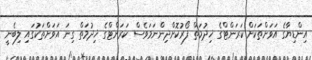
އިންޑިޔާގެ އަވަށްތަކަށް ކަރަންޓްގެ ޚިދުމަތް ފޯރުކޮށްދިންނަމަވެސް ކަރަންޓްގެ ޚިދުމަތް ގިނަ އަވަށްތަކުގައި ލިބެނީ